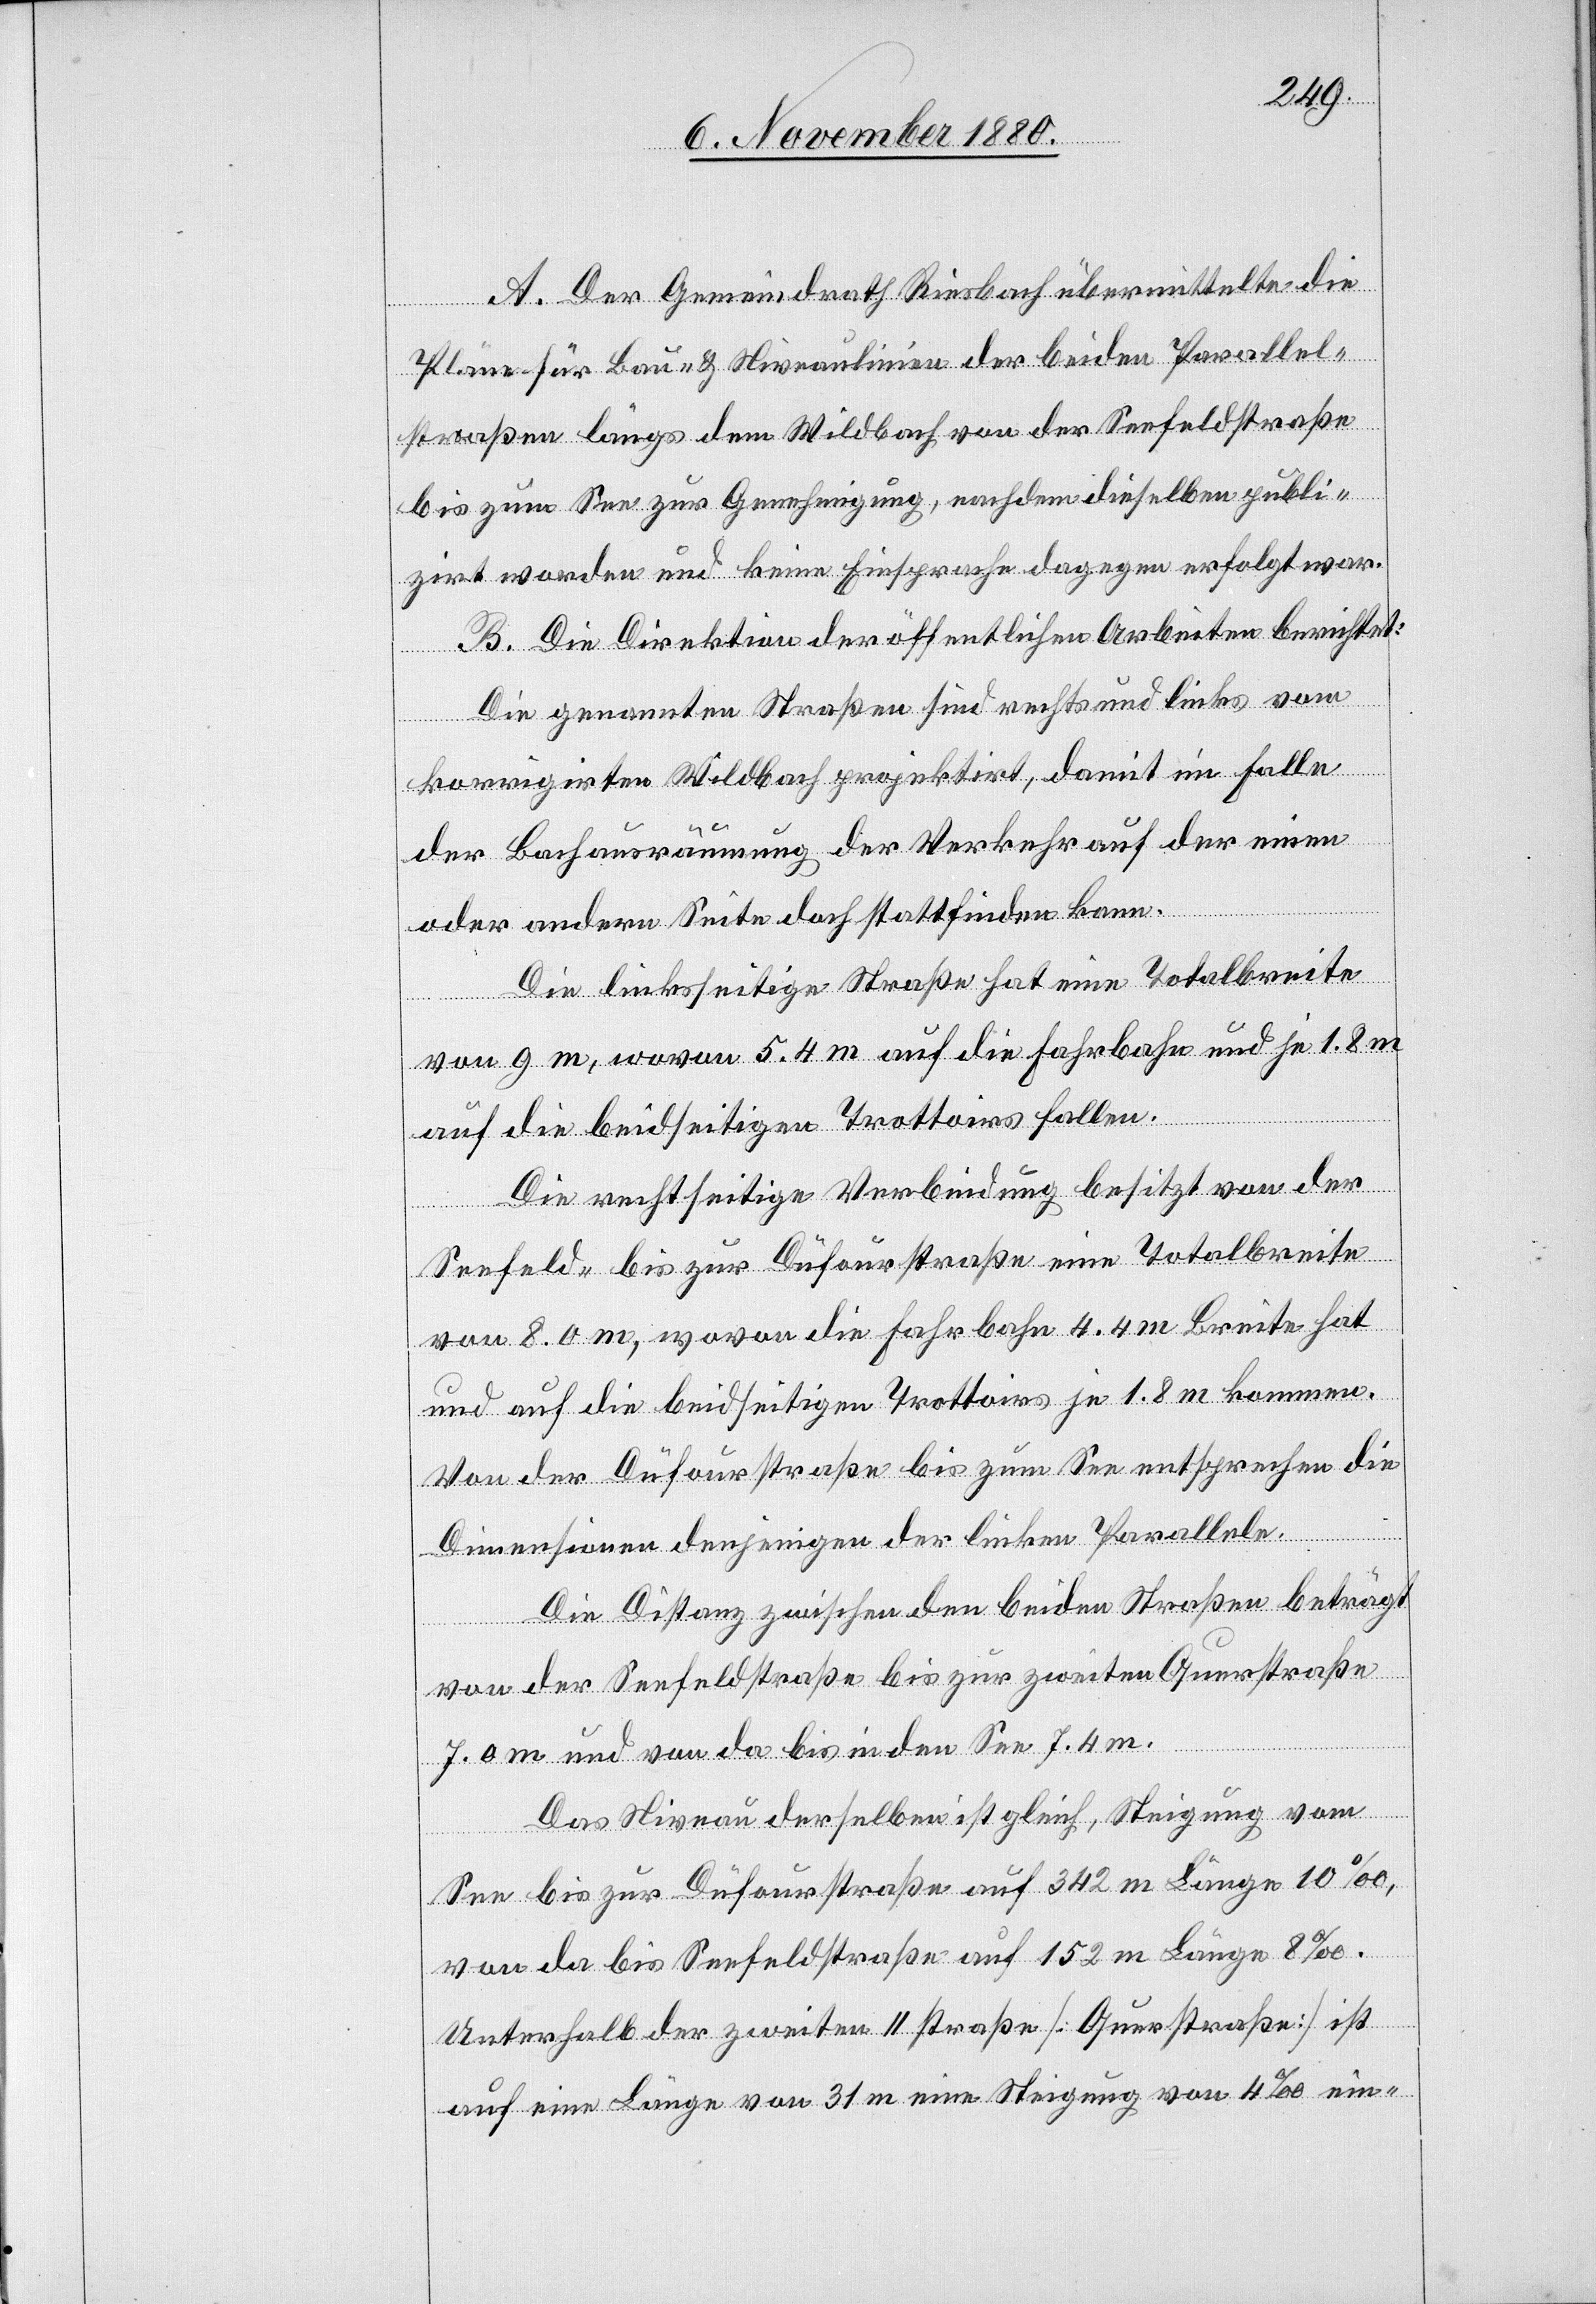
A. Der Gemeindrath Riesbach übermittelte die
Pläne für Bau- & Niveaulinien der beiden Parallel¬
straßen längs dem Wildbach von der Seefeldstraße
bis zum See zur Genehmigung, nachdem dieselben publi¬
zirt worden und keine Einsprache dagegen erfolgt war.
B. Die Direktion der öffentlichen Arbeiten berichtet:
Die genannten Straßen sind rechts und links vom
korrigirten Wildbach projektirt, damit im Falle
der Bachausräumung der Verkehr auf den einen
oder andern Seite doch stattfinden kann.
Die linksseitige Straße hat eine Totalbreite
von 9 m, wovon 5.4 m auf die Fahrhabe und je 1.8 m
auf die beidseitigen Trottoirs fallen.
Die rechtseitige Verbindung besitzt von der
Seefeld- bis zur Dufourstraße eine Totalbreite
von 8.0 m, wovon die Fahrbahn 4.4 m Breite hat
und auf die beidseitigen Trottoirs je 1.8 m kommen.
Von der Dufourstraße bis zum See entsprechen die
Dimensionen denjenigen der linken Parallele.
Die Distanz zwischen den beiden Straßen beträgt
von der Seefeldstraße bis zur zweiten Querstraße
7.0 m und von da bis in den See 7.4
m.
Das Niveau derselben ist gleich, Steigung vom
See bis zur Dufourstraße auf 342 m Länge 10‰,
von da bis Seefeldstraße auf 152 m Länge 8‰.
Unterhalb der zweiten [Parallel] Straße [Querstraße] ist
auf eine Länge von 31 m eine Steigung von 4‰ ein-